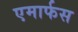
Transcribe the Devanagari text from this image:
एमार्फस